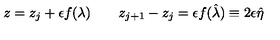
z = z _ { j } + \epsilon f ( \lambda ) \qquad z _ { j + 1 } - z _ { j } = \epsilon f ( \hat { \lambda } ) \equiv 2 \epsilon \hat { \eta }